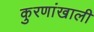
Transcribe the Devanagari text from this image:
कुरणांखाली